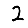
Digit: 2